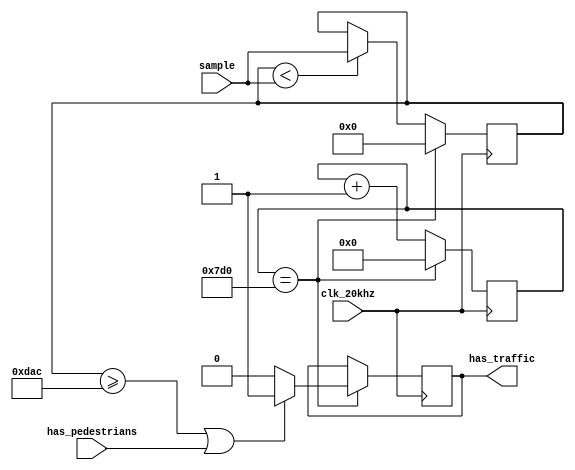
`timescale 1ns / 1ps
//////////////////////////////////////////////////////////////////////////////////
// Company: 
// Engineer: 
// 
// Design Name: 
// Module Name: Traffic_Detector
// Project Name: 
// Target Devices: 
// Tool Versions: 
// Description: check if there is any traffic waiting for the lane's traffic 
//              light to go green, detects via checking if there if peak 
//              amplitude of noise passes a minimum threshold 
//              (sampling above 3500)
// 
// Dependencies: 
// 
// Revision:
// Revision 0.01 - File Created
// Additional Comments:
// 
//////////////////////////////////////////////////////////////////////////////////

module Traffic_Detector(
        input clk_20khz, // sampling freq set to 20khz
        input [11:0] sample, // sample data storing the noise level detected by PModMic
        input has_pedestrians, // checks if there is a pedestrian crossing button press
        output reg has_traffic = 0 // indicates if there is traffic in the lane
    );
    
    // Detects whether the mic picked up any sound 1cm away from it (aka if there is traffic present)
    parameter [11:0] THRESHOLD = 3500; // indicates the minimum value maxAmp needs to constitute cars being there
    reg [31:0] count = 0; // to sample each time count is incremented, counts 2000 times
    reg [11:0] maxAmp = 0; // stores peak of amplitude within sample frame
    
    always @ (posedge clk_20khz) begin
        count <= (count == 2000) ? 0 : count + 1;
        // check for higher peak amplitude within same sample frame
        if (maxAmp < sample)
            maxAmp <= sample;
        
        if (count == 2000) begin
            // check if peak amplitude reaches threshold
            if (maxAmp >= THRESHOLD || has_pedestrians)
                has_traffic <= 1;
            else
                has_traffic <= 0;
            
            // move on to next sampling frame
            maxAmp <= 0; // reset maxAmp for next sampling frame
           
        end
    end
    
endmodule